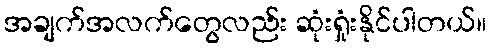
အချက်အလက်တွေလည်း ဆုံးရှုံးနိုင်ပါတယ်။